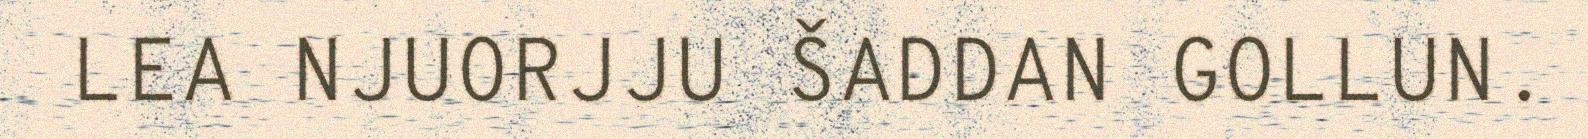
LEA NJUORJJU ŠADDAN GOLLUN.